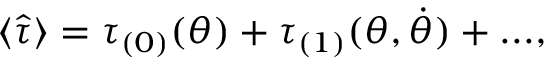
\langle \hat { \tau } \rangle = \tau _ { ( 0 ) } ( \theta ) + \tau _ { ( 1 ) } ( \theta , \dot { \theta } ) + . . . ,